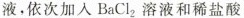
液，依次加入BaCl_{2}溶液和稀盐酸